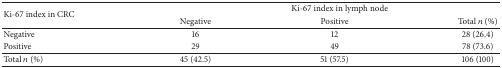
<table><thead><tr><td rowspan="2"><b>Ki-67 index in CRC</b></td><td colspan="3"><b>Ki-67 index in lymph node</b></td></tr><tr><td><b>Negative</b></td><td><b>Positive</b></td><td><b>Total <i>n</i> (%)</b></td></tr></thead><tbody><tr><td>Negative</td><td>16</td><td>12</td><td>28 (26.4)</td></tr><tr><td>Positive</td><td>29</td><td>49</td><td>78 (73.6)</td></tr><tr><td>Total <i>n</i> (%)</td><td>45 (42.5)</td><td>51 (57.5)</td><td>106 (100)</td></tr></tbody></table>